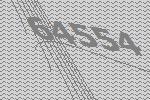
64554